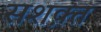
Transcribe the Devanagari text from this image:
सशक़्त